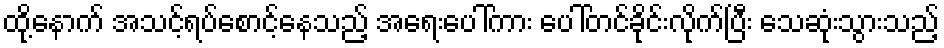
ထို့နောက် အသင့်ရပ်စောင့်နေသည့် အရေးပေါ်ကား ပေါ်တင်ခိုင်းလိုက်ပြီး သေဆုံးသွားသည့်